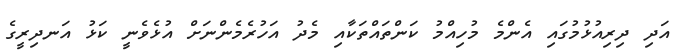
އަދި ދިރިއުޅުމުގައި އެންމެ މުހިއްމު ކަންތައްތަކާއި މެދު އަހުރެމެންނަށް އުޅެވެނީ ކަޅު އަނދިރީގެ